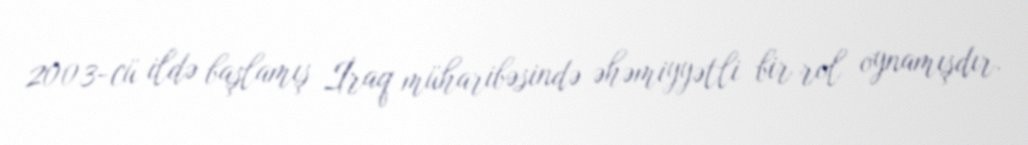
2003-cü ildə başlamış İraq müharibəsində əhəmiyyətli bir rol oynamışdır.